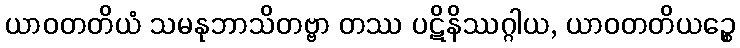
ယာဝတတိယံ သမနုဘာသိတဗ္ဗာ တဿ ပဋိနိဿဂ္ဂါယ, ယာဝတတိယဉ္စေ